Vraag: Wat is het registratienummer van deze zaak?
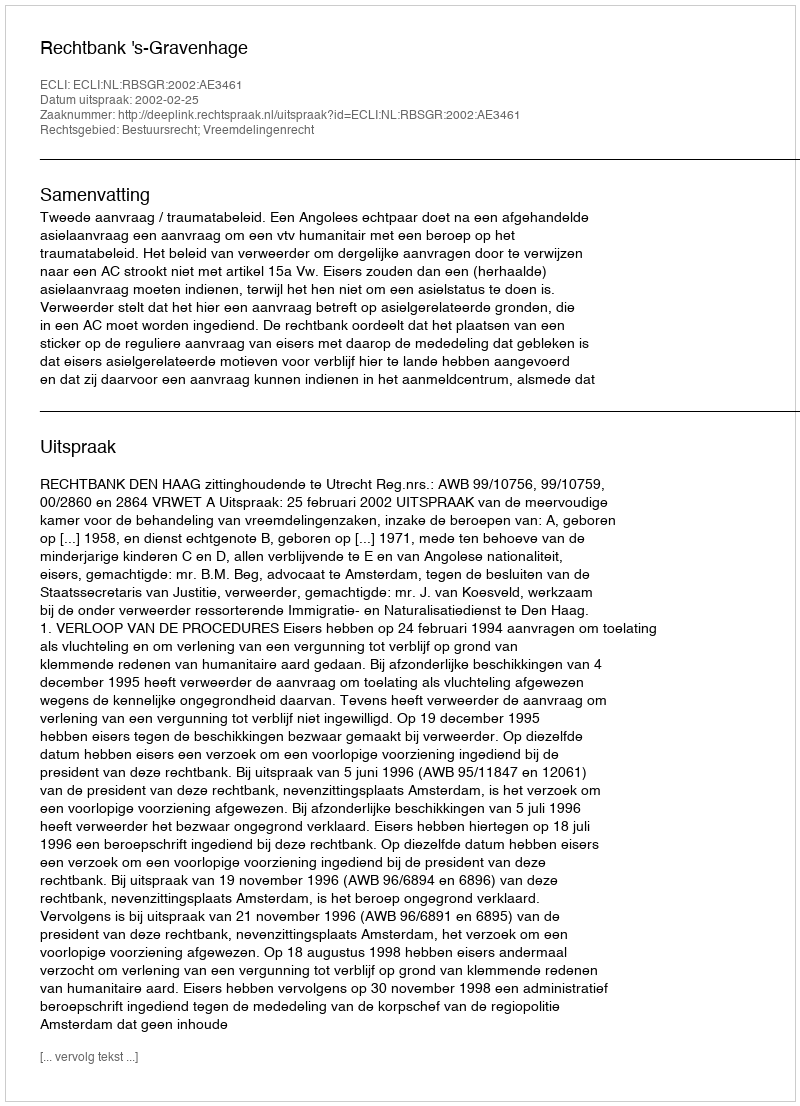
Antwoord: http://deeplink.rechtspraak.nl/uitspraak?id=ECLI:NL:RBSGR:2002:AE3461